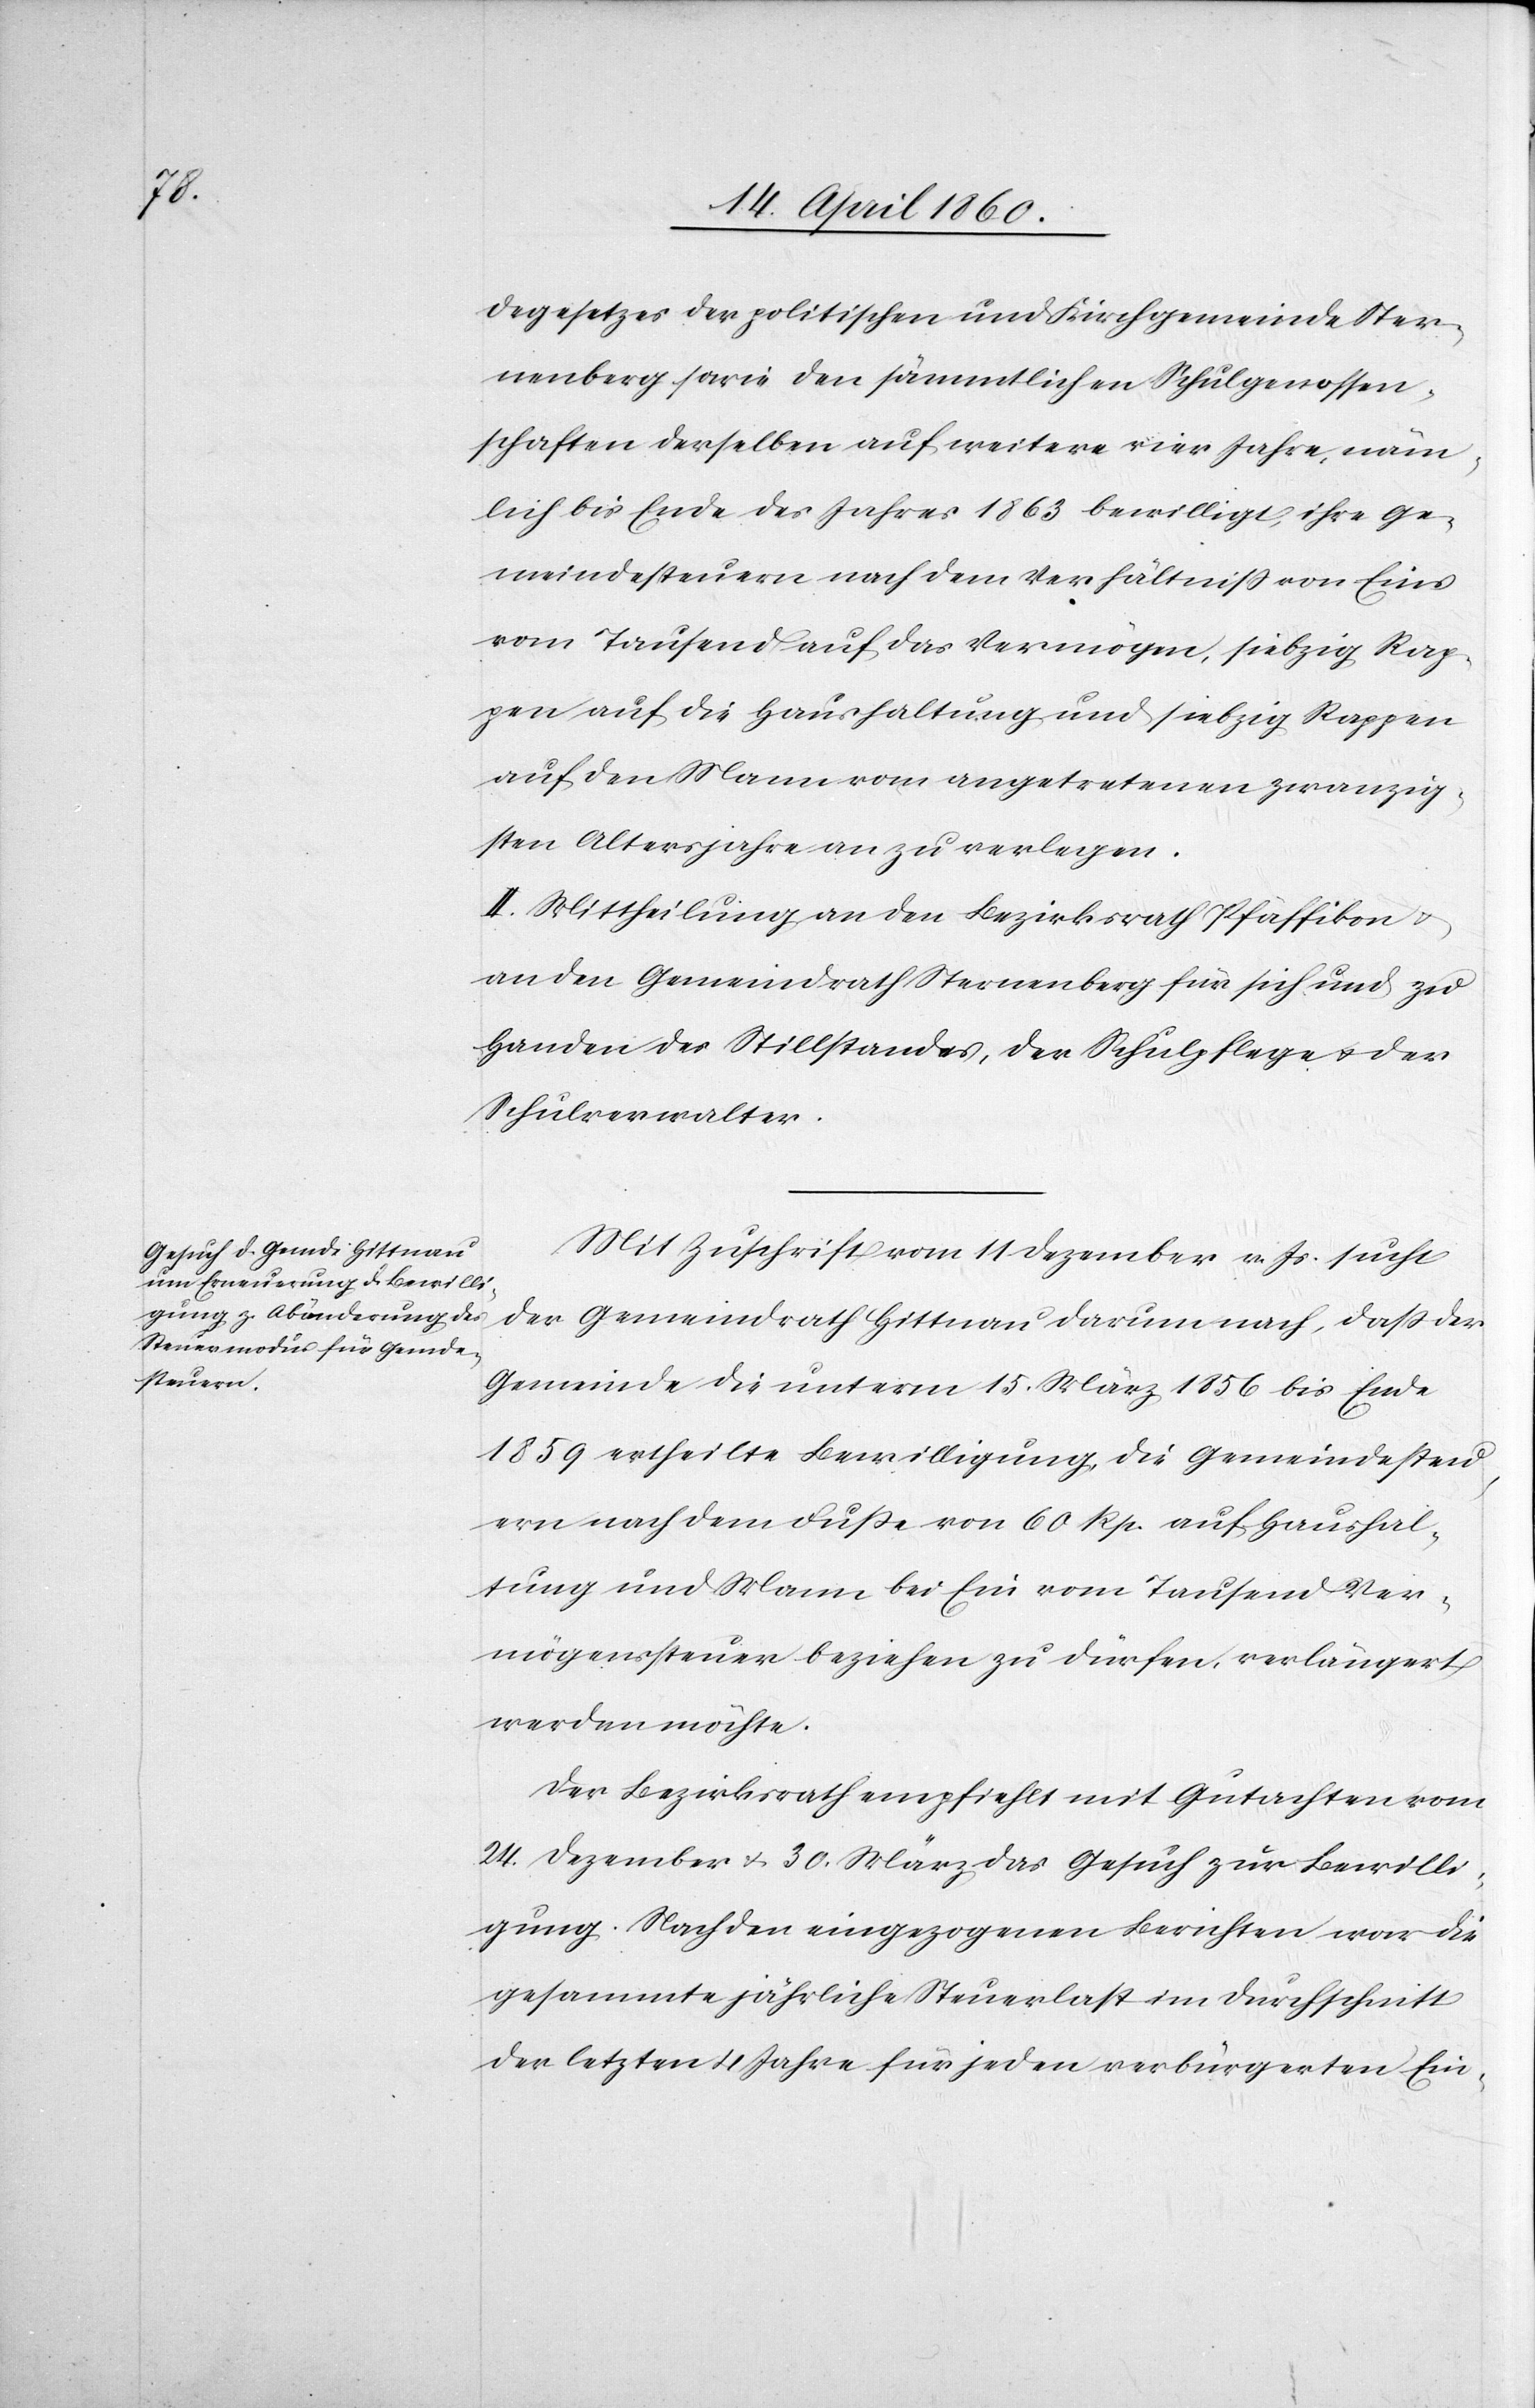
degesetzes der politischen und Kirchgemeinde Ster¬
nenberg sowie den sämmtlichen Schulgenossen¬
schaften derselben auf weitere vier Jahre, näm¬
lich bis Ende des Jahres 1863 bewilligt, ihre Ge¬
meindesteuern nach dem Verhältniss von eins
vom Tausend auf das Vermögen, siebzig Rap¬
pen auf die Haushaltung und siebzig Rappen
auf den Mann vom angetretenen zwanzig¬
sten Altersjahre an zu verlegen.
II. Mittheilung an den Bezirksrath Pfäffikon u.
an den Gemeindrath Sternenberg für sich und zu
Handen des Stillstandes, der Schulpflege u. der
Schulverwalter.
Mit Zuschrift vom 11. Dezember v. Js. sucht
der Gemeindrathe Hittnau darum nach, dass der
Gemeinde die unterm 15. März 1856 bis Ende
1859 ertheilte Bewilligung, die Gemeindesteu¬
ern nach dem Fusse von 60. Rp. auf Haushal¬
tung und Mann bei ein vom Tausend Ver¬
mögenssteuer beziehen zu dürfen, verlängert
werden möchte.
Der Bezirksrath empfiehlt mit Gutachten vom
24. Dezember u. 30. März das Gesuch zur Bewilli¬
gung. Nach den eingezogenen Berichten war die
gesammte jährliche Steuerlast im Durchschnitt
der letzten 4 Jahre für jeden verbürgerten Ein-